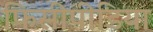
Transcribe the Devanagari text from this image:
फिसीपीडिया